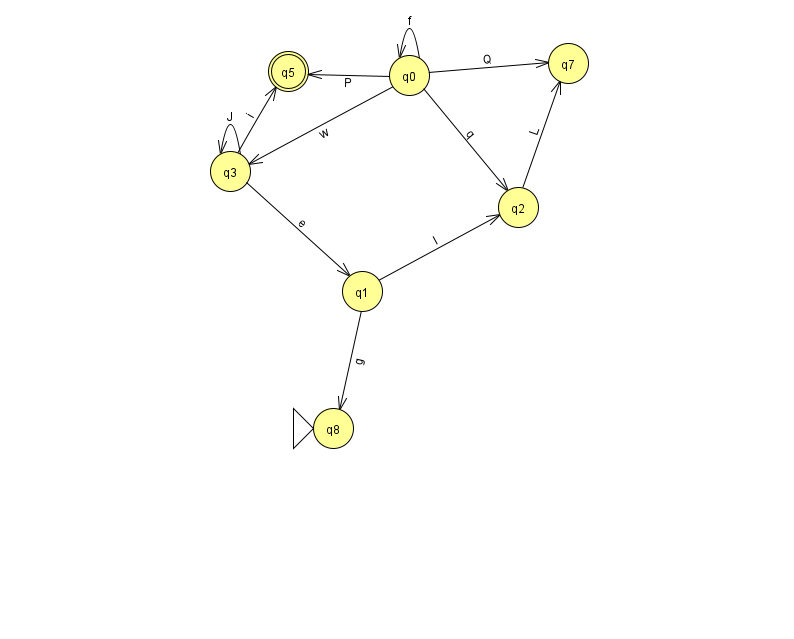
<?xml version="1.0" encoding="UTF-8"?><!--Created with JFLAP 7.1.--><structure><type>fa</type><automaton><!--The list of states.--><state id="0" name="q0"><x>409.0</x><y>62.0</y></state><state id="1" name="q1"><x>362.0</x><y>278.0</y></state><state id="2" name="q2"><x>518.0</x><y>194.0</y></state><state id="3" name="q3"><x>230.0</x><y>158.0</y></state><state id="5" name="q5"><x>288.0</x><y>58.0</y><final/></state><state id="7" name="q7"><x>568.0</x><y>50.0</y></state><state id="8" name="q8"><x>333.0</x><y>415.0</y><initial/></state><!--The list of transitions.--><transition><from>0</from><to>5</to><read>P</read></transition><transition><from>3</from><to>5</to><read>i</read></transition><transition><from>1</from><to>2</to><read>l</read></transition><transition><from>2</from><to>7</to><read>L</read></transition><transition><from>3</from><to>1</to><read>e</read></transition><transition><from>0</from><to>0</to><read>f</read></transition><transition><from>0</from><to>2</to><read>q</read></transition><transition><from>1</from><to>8</to><read>g</read></transition><transition><from>3</from><to>3</to><read>J</read></transition><transition><from>0</from><to>3</to><read>w</read></transition><transition><from>0</from><to>7</to><read>Q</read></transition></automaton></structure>